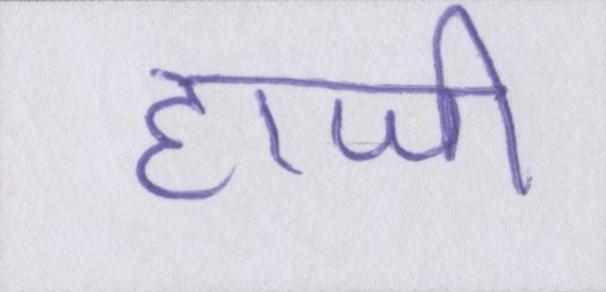
हाजी